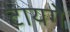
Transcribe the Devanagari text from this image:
टायगे